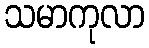
သမာကုလာ